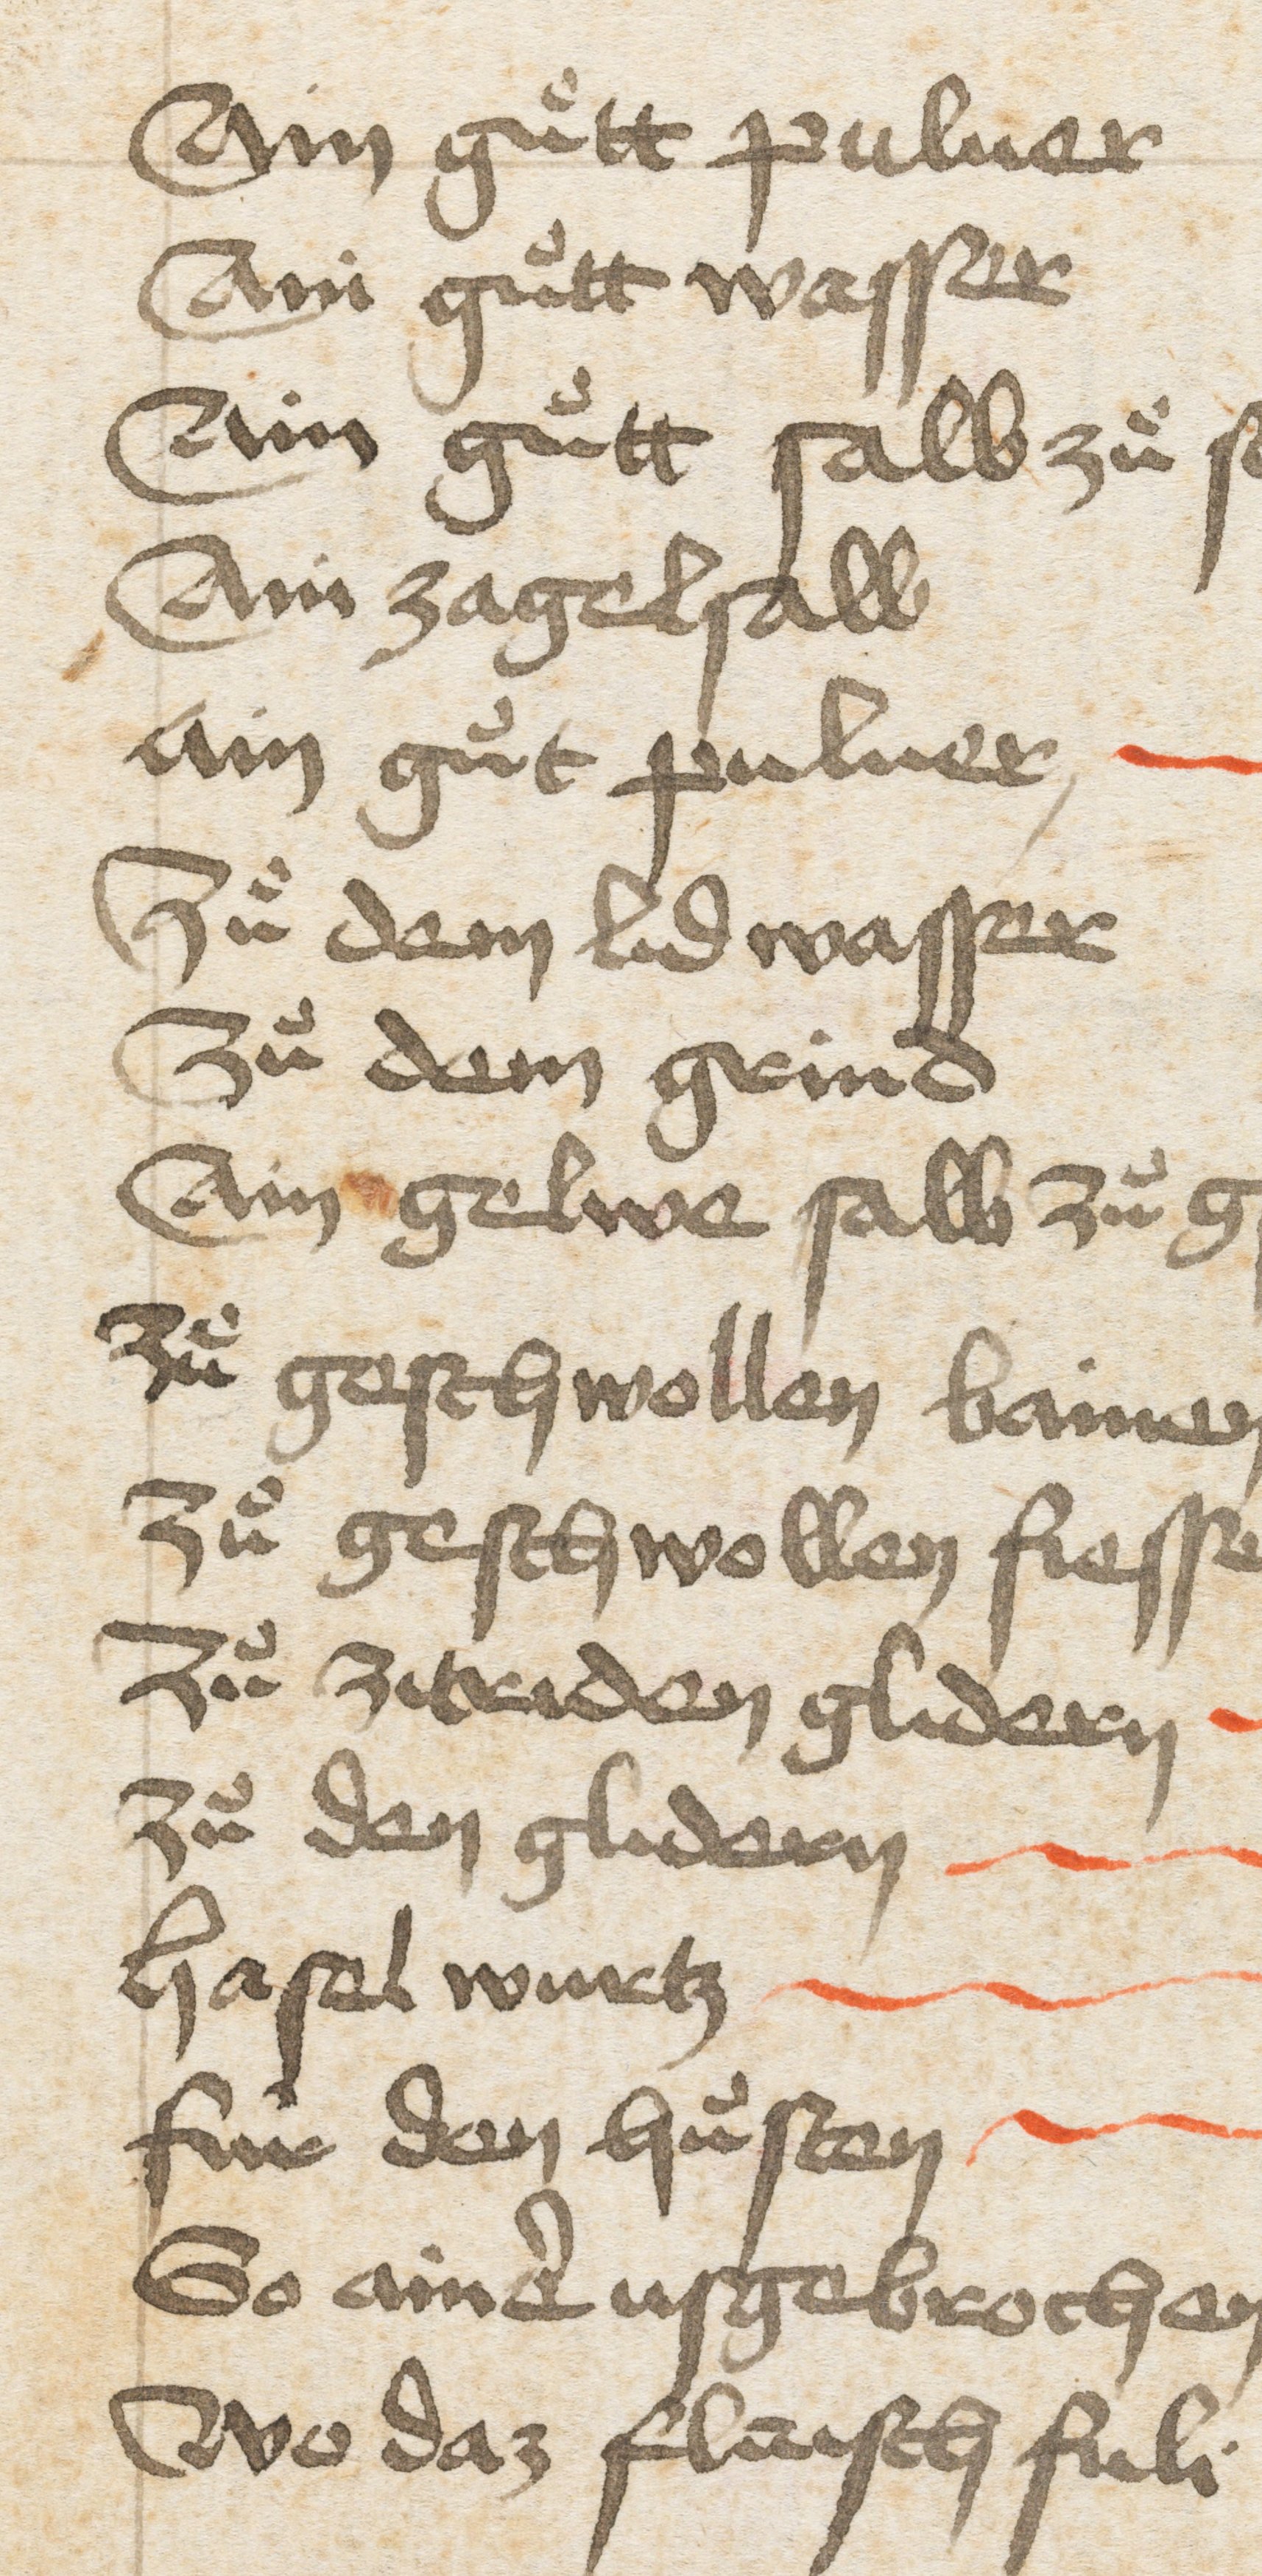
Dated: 1400–1499